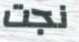
نجت